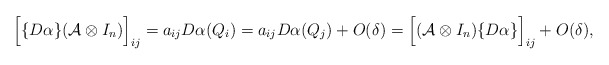
\begin{align*}\Big[ \{D\alpha\} (\mathcal{A}\otimes I_n) \Big]_{ij} = a_{ij} D\alpha(Q_i) = a_{ij} D\alpha(Q_j) + O(\delta) = \Big[ (\mathcal{A}\otimes I_n) \{D\alpha\} \Big]_{ij} + O(\delta),\end{align*}